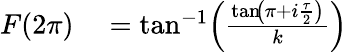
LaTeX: \begin{array}{rl}{F(2\pi)}&{{}=\tan^{-1}\! \left(\frac{{\tan\! \left(\pi+i\frac{\tau}{2}\right)}}{k}\right)}\end{array}